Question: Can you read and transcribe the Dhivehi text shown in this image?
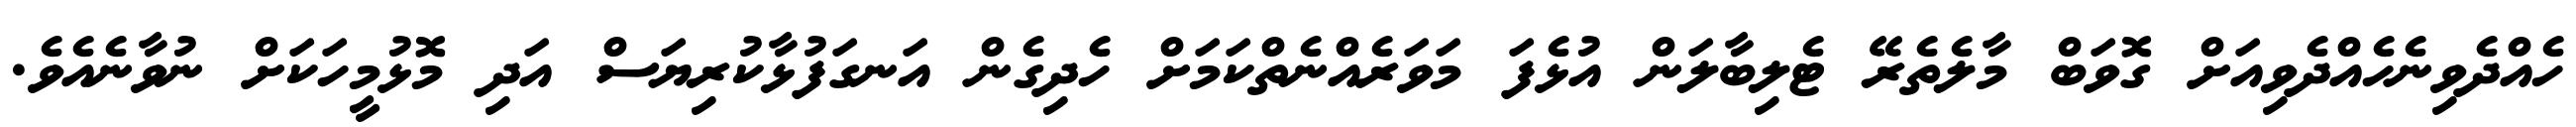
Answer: ހެއްދެވިނެހެއްދެވިއަށް ގޮވަބް މާލެތެރޭ ޓެލިބާލަން އުޅެފަ މަވަރެއްނެތްކަމަށް ހެދިގެން އަނގަފުޅާކުރިޔަސް އަދި މޮޅުމީހަކަށް ނުވާނެއެވެ.